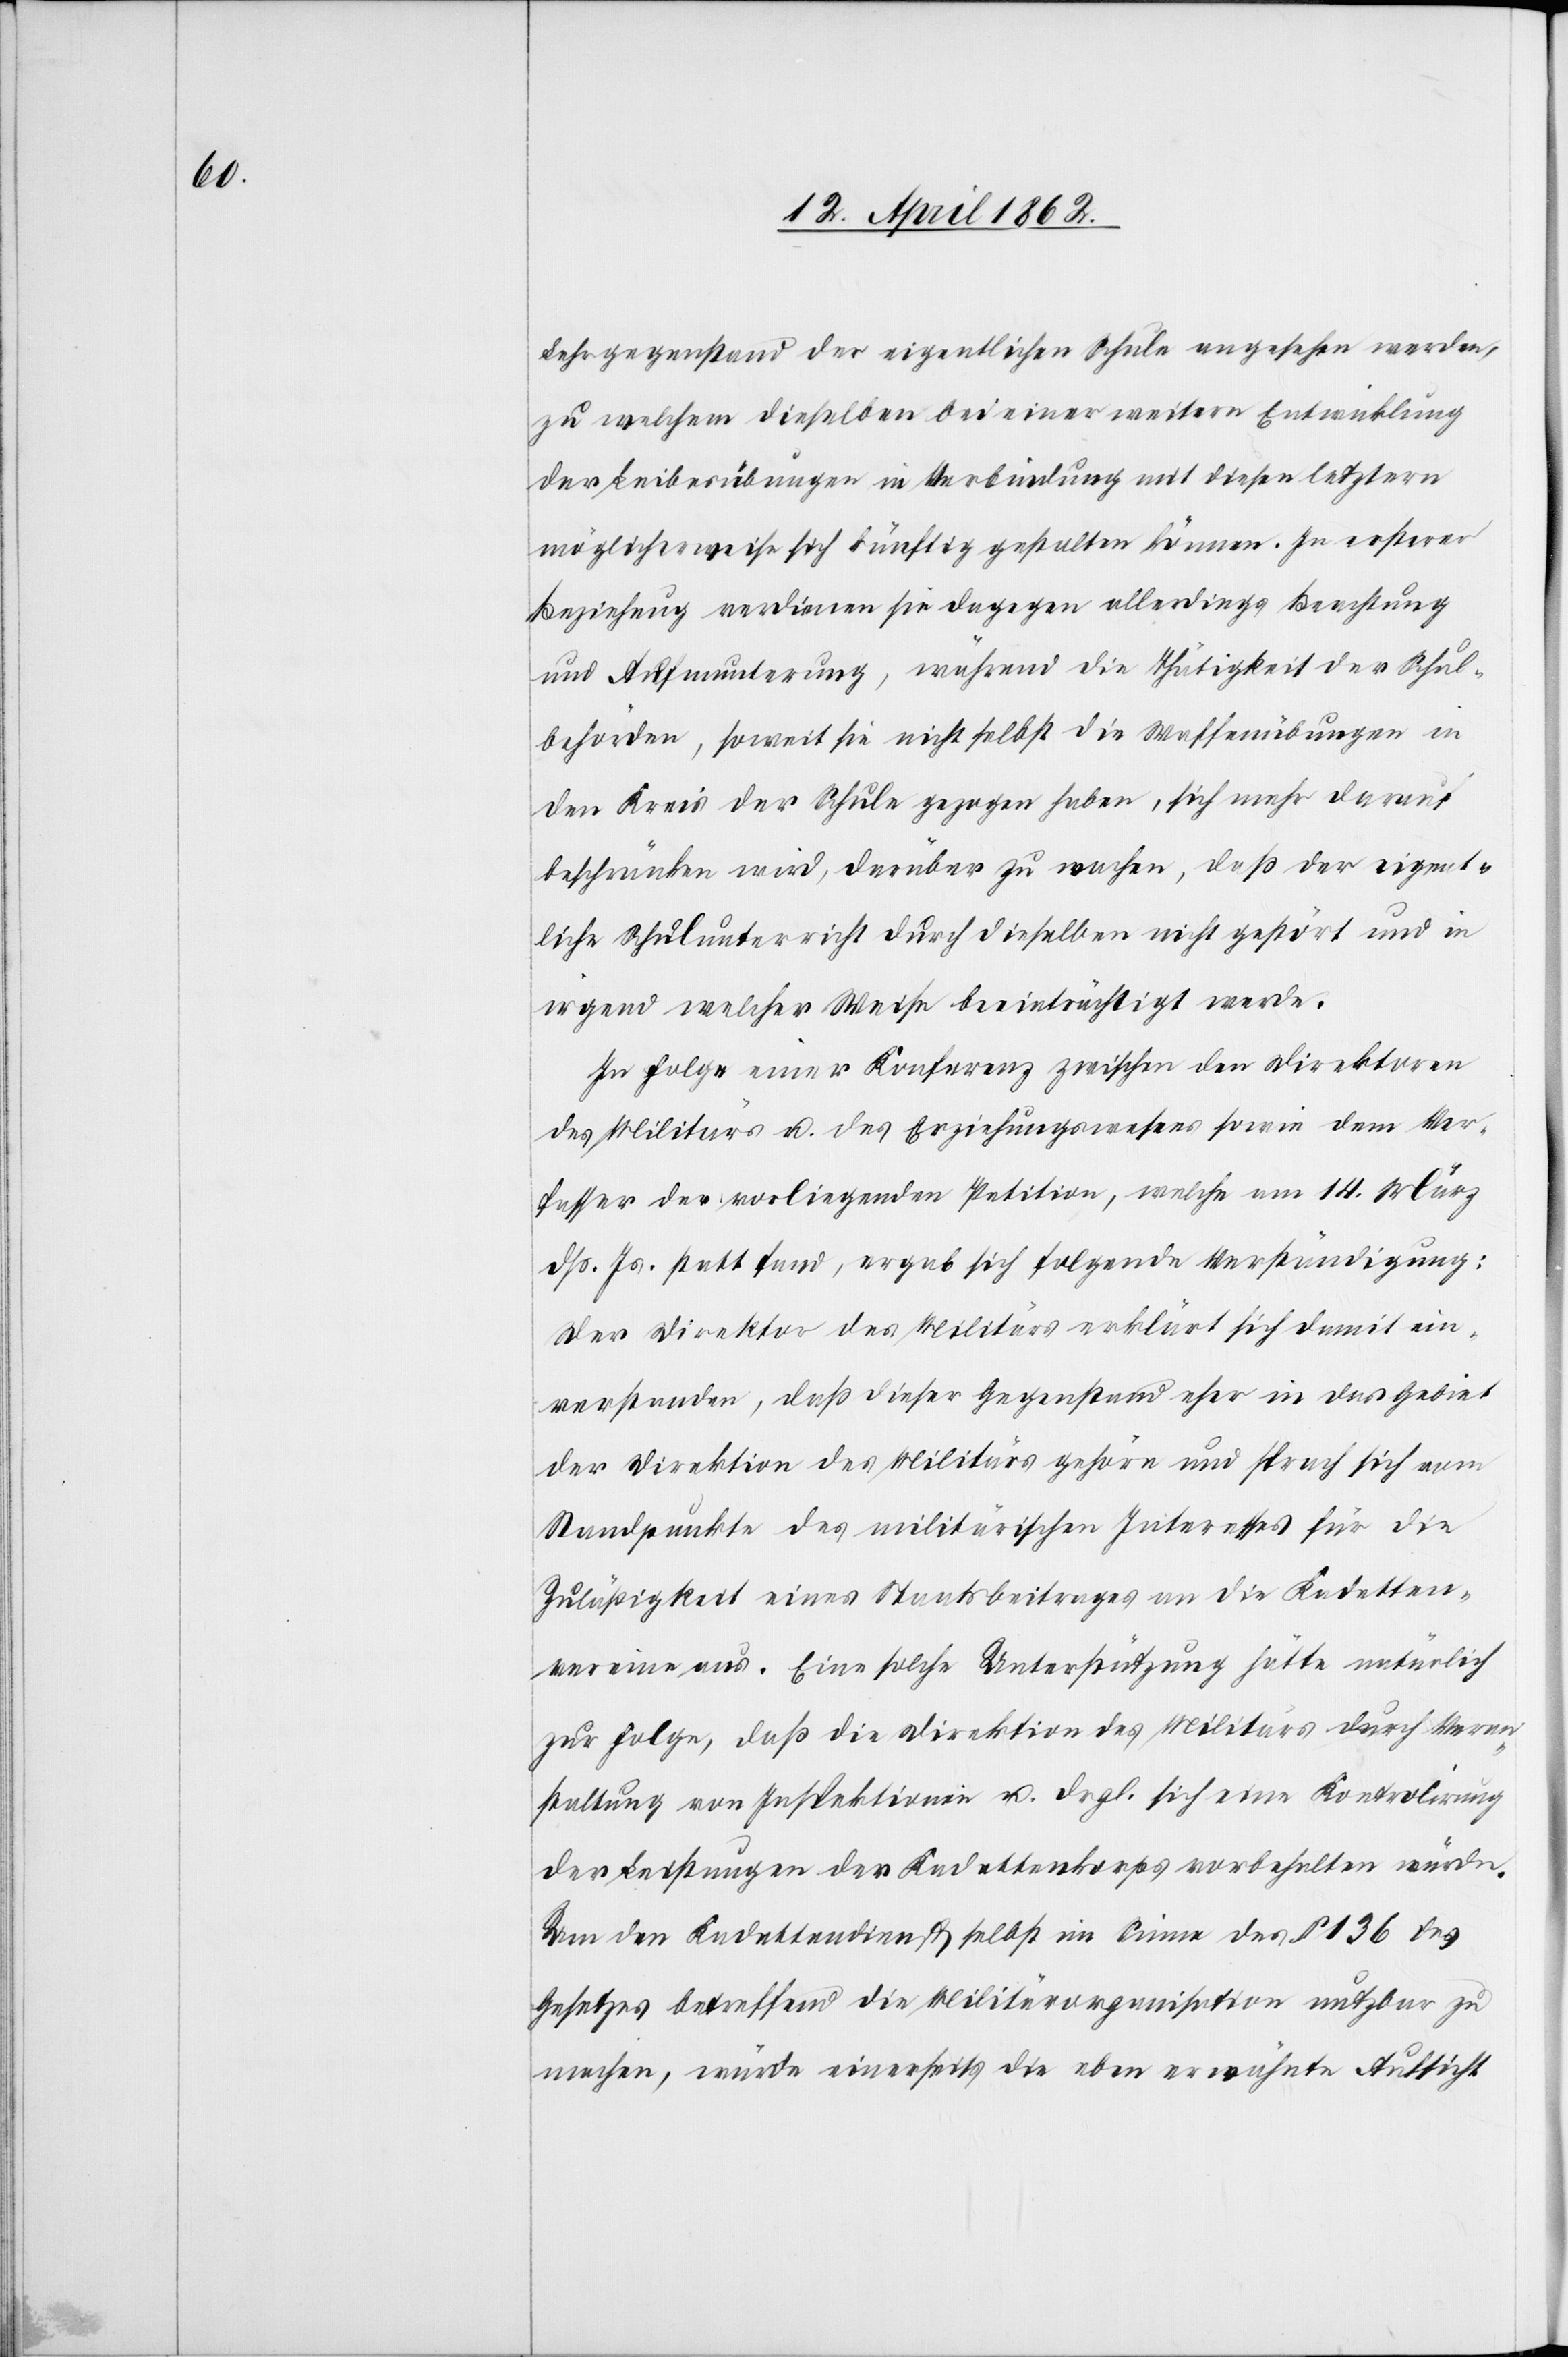
Lehrgegenstand der eigentlichen Schule angesehen werden,
zu welchem dieselben bei einer weitern Entwicklung
der Leibesübungen in Verbindung mit diesen letztern
möglicherweise sich künftig gestalten können. In ersterer
Beziehung verdienen sie dagegen allerdings Beachtung
und Aufmunterung, während die Thätigkeit der Schul¬
behörden, soweit sie nicht selbst die Waffenübungen in
den Kreis der Schule gezogen haben, sich mehr darauf
beschränken wird, darüber zu wachen, daß der eigent¬
liche Schulunterricht durch dieselben nicht gestört und in
irgend welcher Weise beeinträchtigt werde.
In Folge einer Konferenz zwischen den Direktoren
des Militärs u. des Erziehungswesens sowie dem Ver¬
fasser der vorliegenden Petition, welche am 14. März
dß. Js. statt fand, ergab sich folgende Verständigung:
Der Direktor des Militärs erklärt sich damit ein¬
verstanden, daß dieser Gegenstand eher in das Gebiet
der Direktion des Militärs gehöre und sprach sich vom
Standpunkte des militärischen Interesses für die
Zuläßigkeit eines Staatsbeitrages an die Kadetten¬
vereine aus. Eine solche Unterstützung hätte natürlich
zur Folge, daß die Direktion des Militärs durch Veran¬
staltung von Inspektionen u. dsgl. sich eine Kontrolirung
der Leistungen der Kadettenkorps vorbehalten würde.
Um den Kadettendienst selbst im Sinne des § 136 des
Gesetzes betreffend die Militärorganisation nutzbar zu
machen, würde einerseits die eben erwähnte Aufsicht